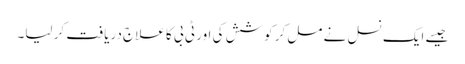
جیسے ایک نسل نے مل کر کوشش کی اور ٹی بی کا علاج دریافت کر لیا۔